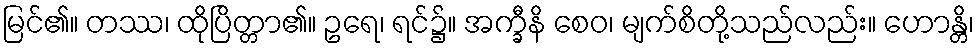
မြင်၏။ တဿ၊ ထိုပြိတ္တာ၏။ ဥရေ၊ ရင်၌။ အက္ခီနိ စေဝ၊ မျက်စိတို့သည်လည်း။ ဟောန္တိ၊